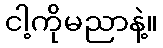
ငါ့ကိုမညာနဲ့။